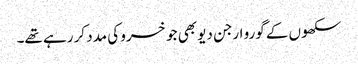
سکھوں کے گورو ارجن دیو بھی جو خسرو کی مدد کر رہے تھے۔